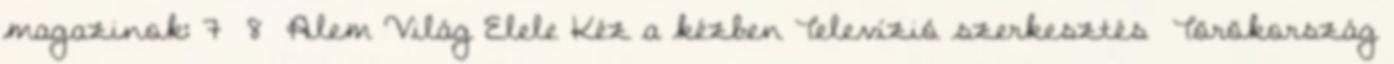
magazinok: 7 8 Alem Világ Elele Kéz a kézben Televízió szerkesztés Törökország